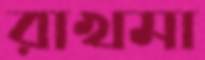
রাখমা